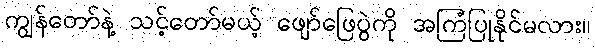
ကျွန်တော်နဲ့ သင့်တော်မယ့် ဖျော်ဖြေပွဲကို အကြံပြုနိုင်မလား။